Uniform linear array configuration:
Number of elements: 64
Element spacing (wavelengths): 0.5
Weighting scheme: hamming
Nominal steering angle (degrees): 45
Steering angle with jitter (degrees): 46.393
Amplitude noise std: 0.05
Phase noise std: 0.05

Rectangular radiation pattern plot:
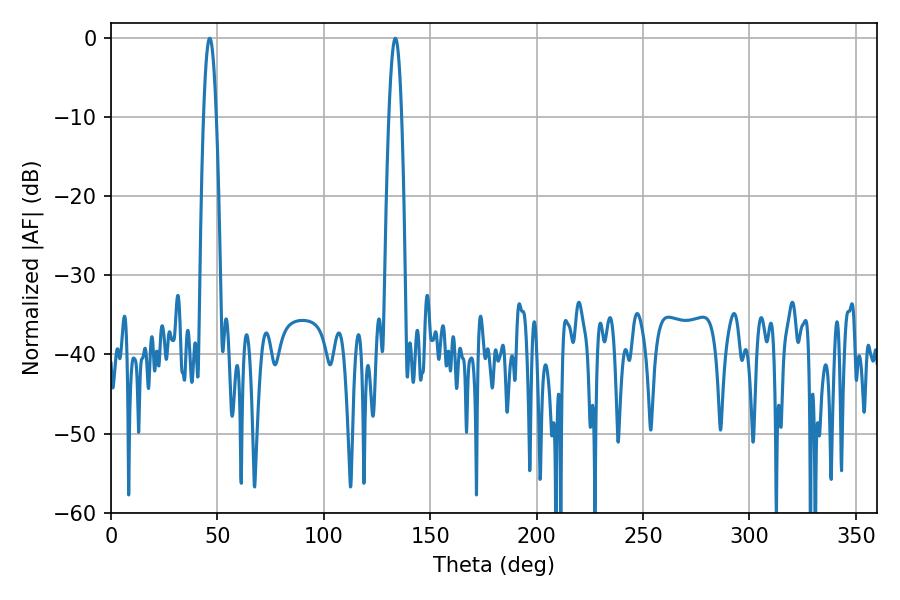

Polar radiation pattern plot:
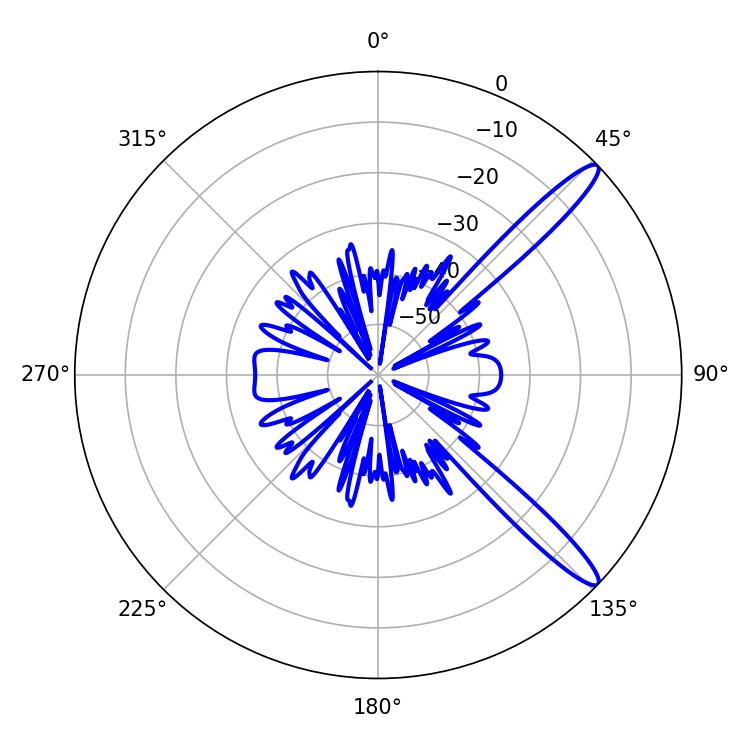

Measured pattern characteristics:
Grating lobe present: FALSE
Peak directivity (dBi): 13.427
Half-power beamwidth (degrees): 3.24
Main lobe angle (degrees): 133.56